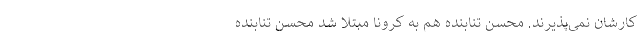
کارشان نمی‌پذیرند. محسن تنابنده هم به کرونا مبتلا شد محسن تنابنده